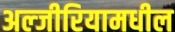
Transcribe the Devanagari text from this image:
अल्जीरियामधील